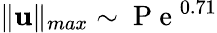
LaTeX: \| \mathbf{u}\| _{max}\sim\mathrm{~P~e~}^{0.71}